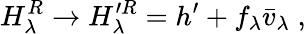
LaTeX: H_{\lambda}^{R}\rightarrow H_{\lambda}^{\prime R}=h^{\prime}+f_{\lambda}{\bar{v}}_{\lambda}\; ,